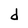
Character: d